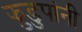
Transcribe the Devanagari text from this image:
झुडुपांनी